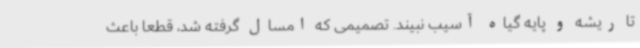
تا ریشه و پایه گیاه آسیب نبیند. تصمیمی که امسال گرفته شد، قطعا باعث